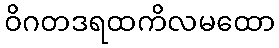
ဝိဂတဒရထကိလမထော